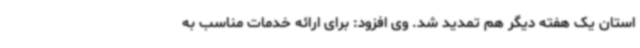
استان یک هفته دیگر هم تمدید شد. وی افزود: برای ارائه خدمات مناسب به